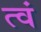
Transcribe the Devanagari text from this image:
त्वं